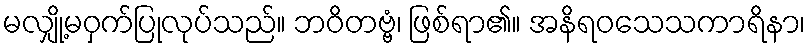
မလျှို့မဝှက်ပြုလုပ်သည်။ ဘဝိတဗ္ဗံ၊ ဖြစ်ရာ၏။ အနိရဝသေသကာရိနာ၊